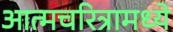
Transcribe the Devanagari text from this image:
आत्मचरित्रामध्ये